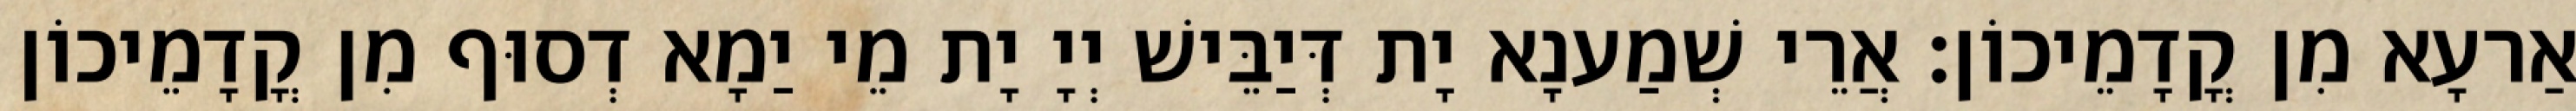
אַרעָא מִן קֳדָמֵיכוֹן׃ אֲרֵי שְׁמַענָא יָת דְּיַבֵּישׁ יְיָ יָת מֵי יַמָא דְסוּף מִן קֳדָמֵיכוֹן